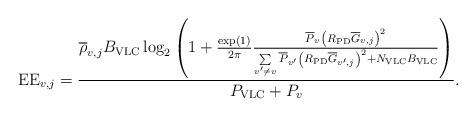
\begin{align*}{\rm EE}_{v,j}=\frac{{ \overline{\rho}_{v,j} B_{\rm VLC} \log_2 \left({ 1 + {\frac{\exp(1)}{2\pi}} \frac{{\overline P}_v {\left( {{R_{\rm{PD}}}{\overline{G}_{v,j}}} \right)}^2} { {\sum\limits_{v'\ne v} {\overline P}_{v'} {\left( {{R_{\rm{PD}}}{\overline{G}_{v',j}}} \right)}^2 } + N_{\rm VLC}B_{\rm VLC}} } \right)}} {P_{\rm VLC}+P_v}.\end{align*}